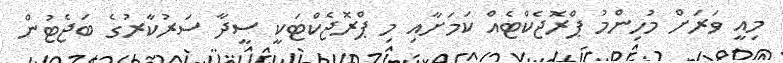
މިއީ ވަރަށް މުހިންމު ޕްރޮޖެކްޓެއް ކަމަށާއި މި ޕްރޮޖެކްޓަކީ ސީދާ ސަރުކާރުގެ ބަޖެޓުން